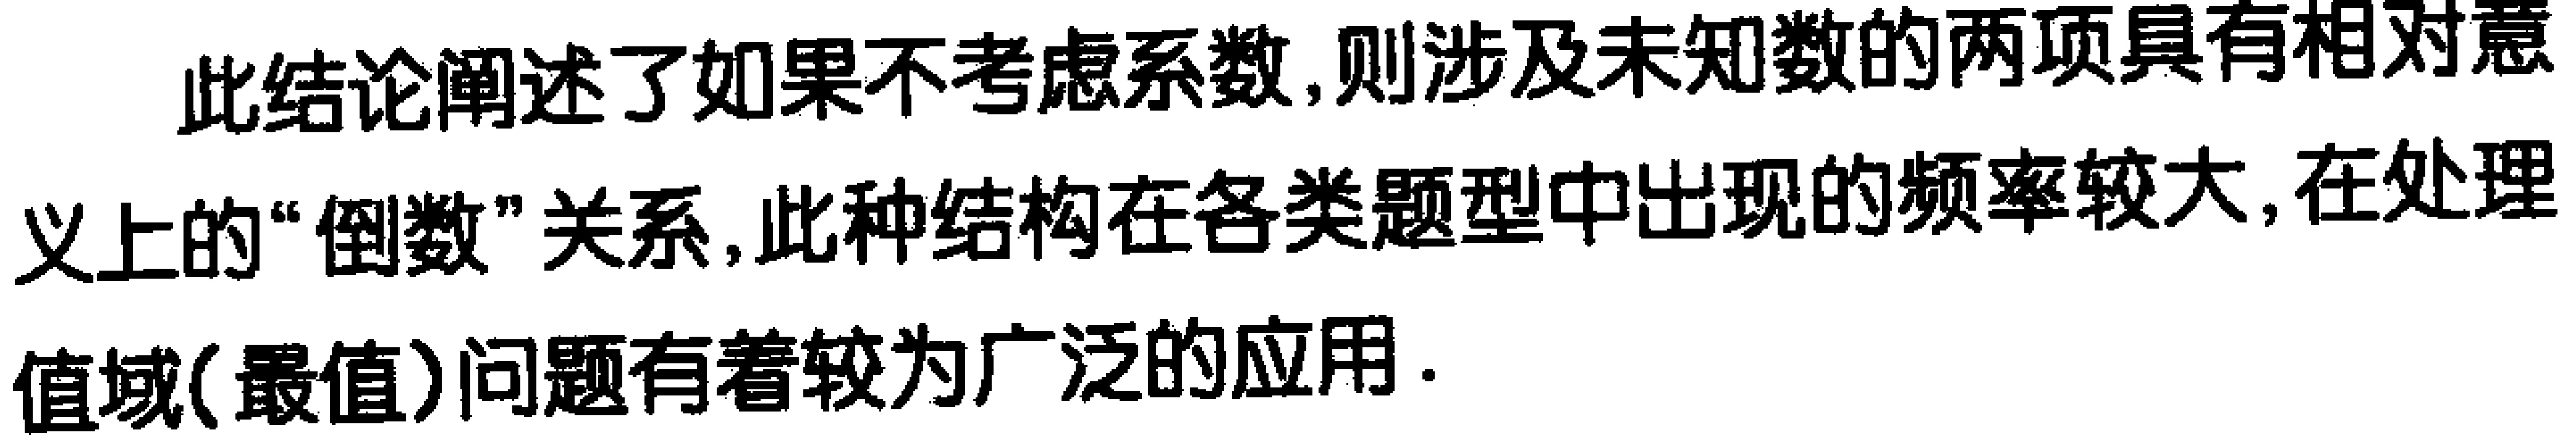
此结论阐述了如果不考虑系数,则涉及未知数的两项具有相对意义上的“倒数”关系,此种结构在各类题型中出现的频率较大,在处理值域(最值)问题有着较为广泛的应用.